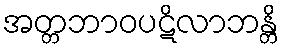
အတ္တဘာဝပဋိလာဘန္တိ